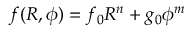
f ( R , \phi ) = f _ { 0 } R ^ { n } + g _ { 0 } \phi ^ { m }